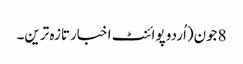
8جون(اُردو پوائنٹ اخبارتازہ ترین۔